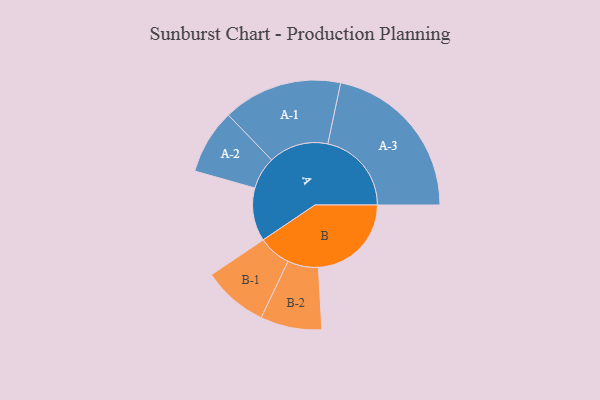
{"axis": {"x": "Segment", "y": "Value"}, "legend": ["", "A", "B"], "data": [{"x": "A", "y": 189, "type": ""}, {"x": "B", "y": 330, "type": ""}, {"x": "A-1", "y": 212, "type": "A"}, {"x": "A-2", "y": 115, "type": "A"}, {"x": "A-3", "y": 297, "type": "A"}, {"x": "B-1", "y": 116, "type": "B"}, {"x": "B-2", "y": 109, "type": "B"}]}